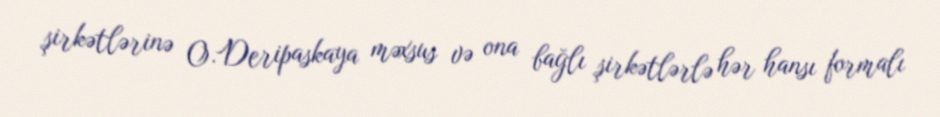
şirkətlərinə O.Deripaskaya məxsus və ona bağlı şirkətlərlə hər hansı formalı